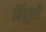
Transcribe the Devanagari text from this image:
बिंदूशी